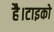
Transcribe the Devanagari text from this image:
है।टाइको